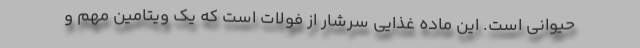
حیوانی است. این ماده غذایی سرشار از فولات است که یک ویتامین مهم و